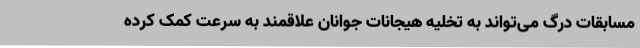
مسابقات درگ می‌تواند به تخلیه هیجانات جوانان علاقمند به سرعت کمک کرده